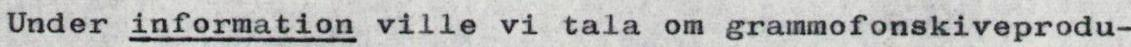
Under information ville vi tala om grammofonskiveprodu-